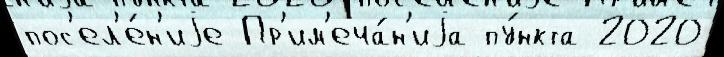
пос'ел'е́н'иjе Пр'им'еча́н'иjа пу́нкта 2020